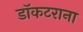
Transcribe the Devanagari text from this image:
डॉकटराना